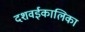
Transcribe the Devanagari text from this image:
दशवईकालिका